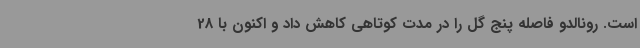
است. رونالدو فاصله پنج گل را در مدت کوتاهی کاهش داد و اکنون با 28